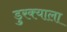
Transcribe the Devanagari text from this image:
डुरक्याला